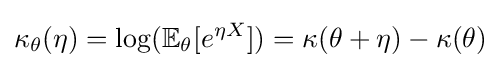
\kappa _{\theta }(\eta )=\log(\mathbb {E} _{\theta }[e^{\eta X}])=\kappa (\theta +\eta )-\kappa (\theta )